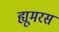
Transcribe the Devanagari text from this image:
ह्यूमरस